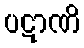
ပဋာဏိ